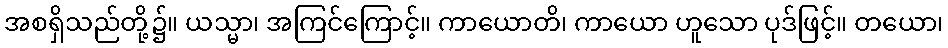
အစရှိသည်တို့၌။ ယသ္မာ၊ အကြင်ကြောင့်။ ကာယောတိ၊ ကာယော ဟူသော ပုဒ်ဖြင့်။ တယော၊